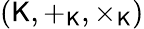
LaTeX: (\mathsf{K},+_{\mathsf{K}},\times_{\mathsf{K}})